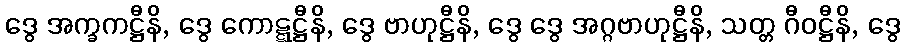
ဒွေ အက္ခကဋ္ဌီနိ, ဒွေ ကောဋ္ဋဋ္ဌီနိ, ဒွေ ဗာဟုဋ္ဌီနိ, ဒွေ ဒွေ အဂ္ဂဗာဟုဋ္ဌီနိ, သတ္တ ဂီဝဋ္ဌီနိ, ဒွေ